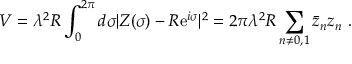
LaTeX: V = \lambda ^ { 2 } R \int _ { 0 } ^ { 2 \pi } d \sigma | Z ( \sigma ) - R \mathrm { e } ^ { i \sigma } | ^ { 2 } = 2 \pi \lambda ^ { 2 } R \sum _ { n \neq 0 , 1 } \bar { z } _ { n } z _ { n } \ .